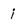
Character: i